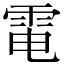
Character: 電